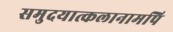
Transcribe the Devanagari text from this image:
समुदयात्कलानामपि